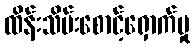
ထိန်းသိမ်းစောင့်ရှောက်မှု